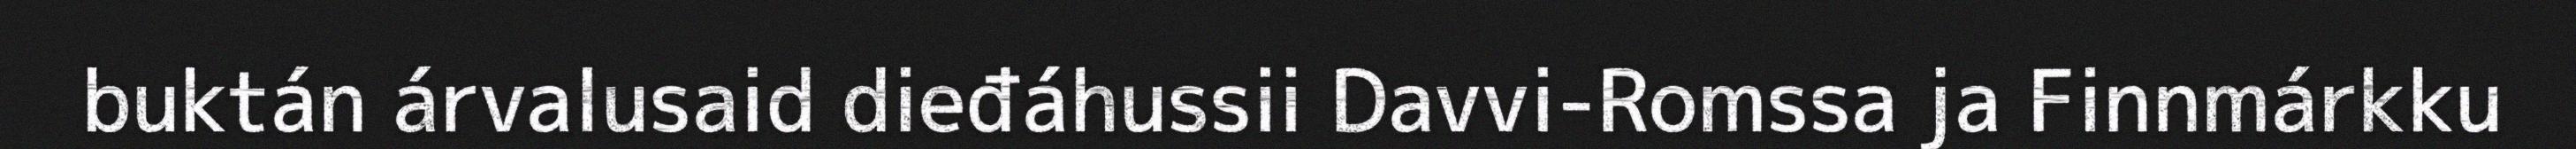
buktán árvalusaid dieđáhussii Davvi-Romssa ja Finnmárkku